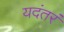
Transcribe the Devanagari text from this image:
यदंतरं